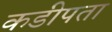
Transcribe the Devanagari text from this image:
कडीपता